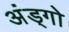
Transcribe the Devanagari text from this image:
अंड्गो